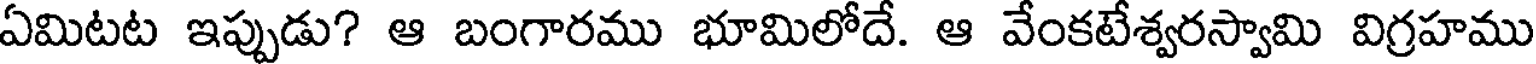
ఏమిటట ఇప్పుడు? ఆ బంగారము భూమిలోదే. ఆ వేంకటేశ్వరస్వామి విగ్రహము